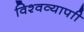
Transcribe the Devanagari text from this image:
विश्वव्यापाी